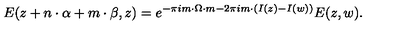
E ( z + { n } \cdot { \alpha } + { m } \cdot { \beta } , z ) = e ^ { - \pi i m \cdot \Omega \cdot m - 2 \pi i m \cdot \left( I ( z ) - I ( w ) \right) } E ( z , w ) .